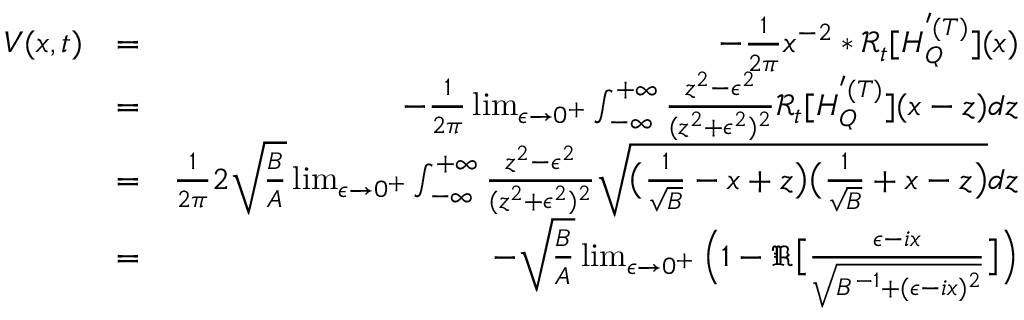
\begin{array} { r l r } { V ( x , t ) } & { = } & { - \frac { 1 } { 2 \pi } x ^ { - 2 } * \mathcal { R } _ { t } [ H _ { Q } ^ { ' ( T ) } ] ( x ) } \\ & { = } & { - \frac { 1 } { 2 \pi } \operatorname* { l i m } _ { \epsilon \to 0 ^ { + } } \int _ { - \infty } ^ { + \infty } \frac { z ^ { 2 } - \epsilon ^ { 2 } } { ( z ^ { 2 } + \epsilon ^ { 2 } ) ^ { 2 } } \mathcal { R } _ { t } [ H _ { Q } ^ { ' ( T ) } ] ( x - z ) d z } \\ & { = } & { \frac { 1 } { 2 \pi } 2 \sqrt { \frac { B } { A } } \operatorname* { l i m } _ { \epsilon \to 0 ^ { + } } \int _ { - \infty } ^ { + \infty } \frac { z ^ { 2 } - \epsilon ^ { 2 } } { ( z ^ { 2 } + \epsilon ^ { 2 } ) ^ { 2 } } \sqrt { \big ( \frac { 1 } { \sqrt { B } } - x + z \big ) \big ( \frac { 1 } { \sqrt { B } } + x - z \big ) } d z } \\ & { = } & { - \sqrt { \frac { B } { A } } \operatorname* { l i m } _ { \epsilon \to 0 ^ { + } } \Big ( 1 - \Re \big [ \frac { \epsilon - i x } { \sqrt { B ^ { - 1 } + ( \epsilon - i x ) ^ { 2 } } } \big ] \Big ) } \end{array}